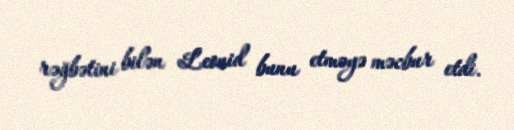
rəğbətini bilən Leonid bunu etməyə məcbur etdi.